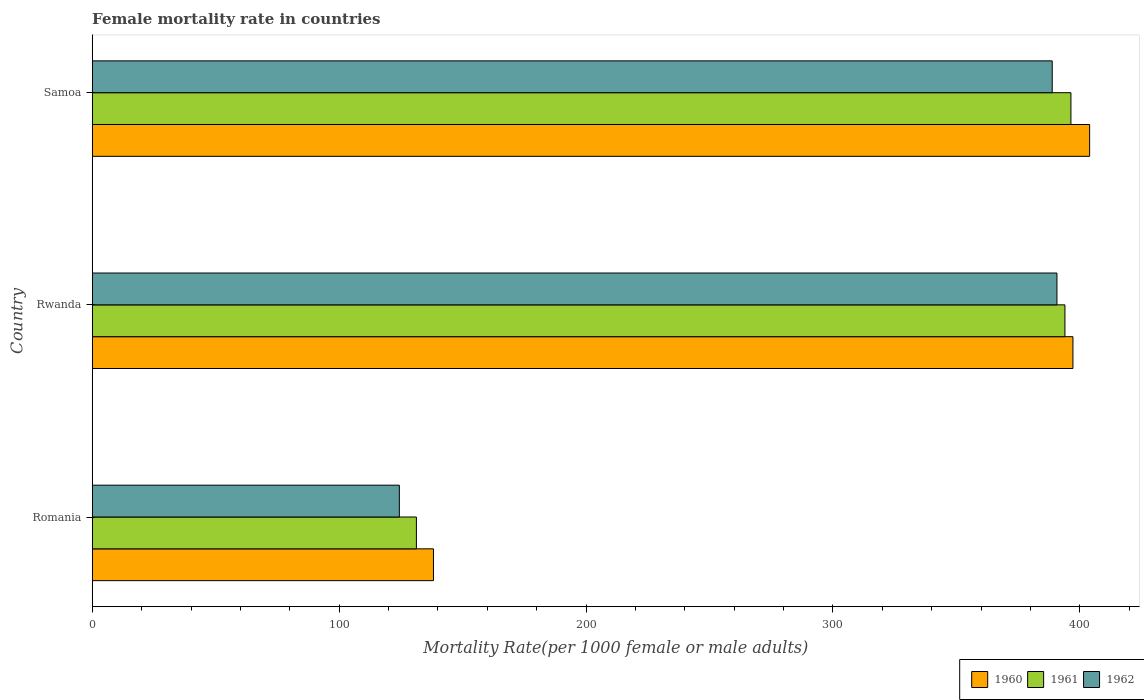
| Country | 1960 | 1961 | 1962 |
 | --- | --- | --- | --- |
 | Romania | 138 | 131 | 124 |
 | Rwanda | 397 | 394 | 391 |
 | Samoa | 404 | 396 | 389 |